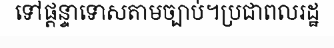
ទៅផ្តន្ទាទោសតាមច្បាប់។ប្រជាពលរដ្ឋ